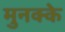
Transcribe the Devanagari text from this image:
मुनक्के